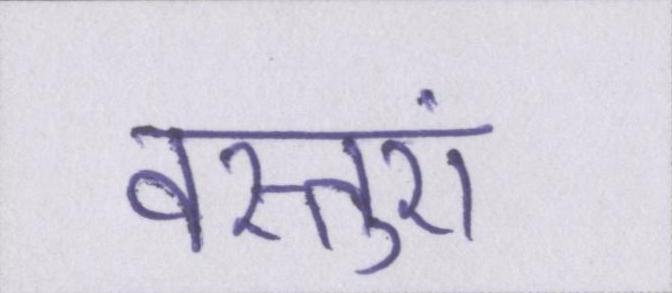
वस्तुएं